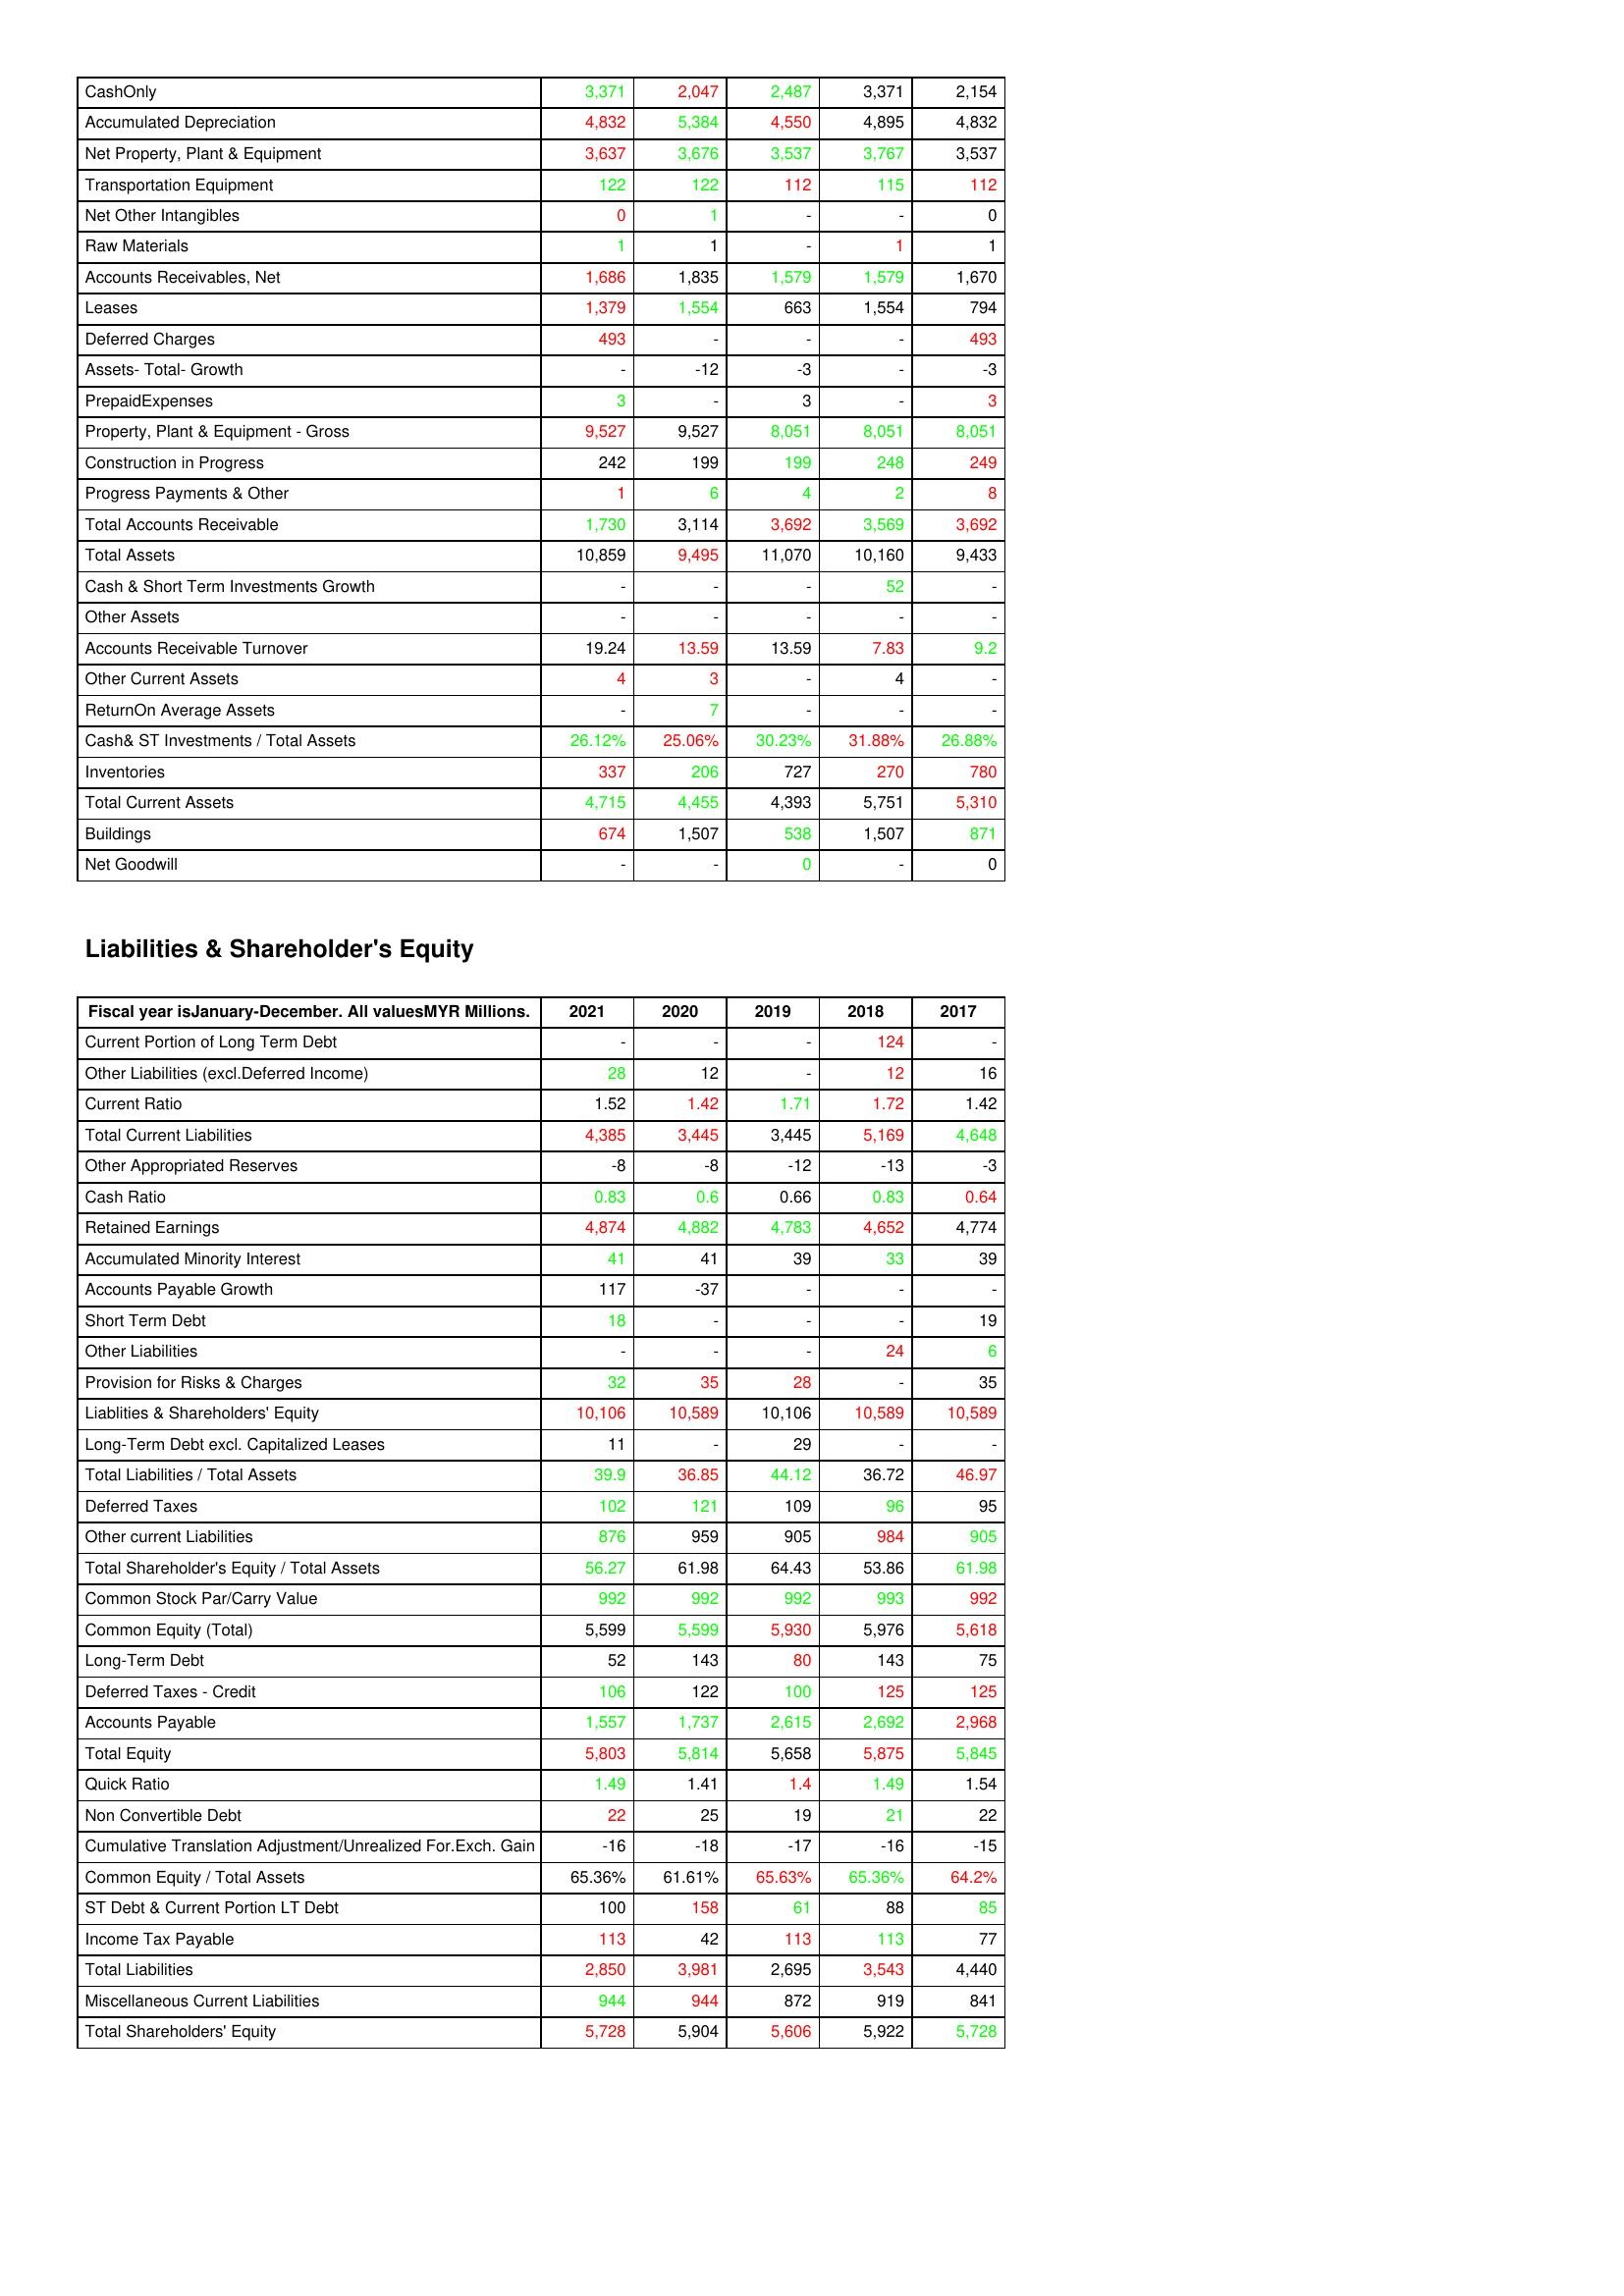
gt_parse: 2021: Assets: CashOnly: 3,371
Accumulated Depreciation: 4,832
Net Property, Plant & Equipment: 3,637
Transportation Equipment: 122
Net Other Intangibles: 0
Raw Materials: 1
Accounts Receivables, Net: 1,686
Leases: 1,379
Deferred Charges: 493
Assets- Total- Growth: -
PrepaidExpenses: 3
Property, Plant & Equipment - Gross : 9,527
Construction in Progress: 242
Progress Payments & Other: 1
Total Accounts Receivable: 1,730
Total Assets: 10,859
Cash & Short Term Investments Growth: -
Other Assets: -
Accounts Receivable Turnover: 19.24
Other Current Assets: 4
ReturnOn Average Assets: -
Cash& ST Investments / Total Assets: 26.12%
Inventories: 337
Total Current Assets: 4,715
Buildings: 674
Net Goodwill: -
Liabilities & Shareholder's Equity: Current Portion of Long Term Debt: -
Other Liabilities (excl.Deferred Income): 28
Current Ratio: 1.52
Total Current Liabilities: 4,385
Other Appropriated Reserves: -8
Cash Ratio: 0.83
Retained Earnings: 4,874
Accumulated Minority Interest: 41
Accounts Payable Growth: 117
Short Term Debt: 18
Other Liabilities: -
Provision for Risks & Charges: 32
Liablities & Shareholders' Equity: 10,106
Long-Term Debt excl. Capitalized Leases: 11
Total Liabilities / Total Assets: 39.9
Deferred Taxes: 102
Other current Liabilities: 876
Total Shareholder's Equity / Total Assets: 56.27
Common Stock Par/Carry Value: 992
Common Equity (Total): 5,599
Long-Term Debt: 52
Deferred Taxes - Credit: 106
Accounts Payable: 1,557
Total Equity: 5,803
Quick Ratio: 1.49
Non Convertible Debt: 22
Cumulative Translation Adjustment/Unrealized For.Exch. Gain: -16
Common Equity / Total Assets: 65.36%
ST Debt & Current Portion LT Debt: 100
Income Tax Payable: 113
Total Liabilities: 2,850
Miscellaneous Current Liabilities: 944
Total Shareholders' Equity: 5,728
2020: Assets: CashOnly: 2,047
Accumulated Depreciation: 5,384
Net Property, Plant & Equipment: 3,676
Transportation Equipment: 122
Net Other Intangibles: 1
Raw Materials: 1
Accounts Receivables, Net: 1,835
Leases: 1,554
Deferred Charges: -
Assets- Total- Growth: -12
PrepaidExpenses: -
Property, Plant & Equipment - Gross : 9,527
Construction in Progress: 199
Progress Payments & Other: 6
Total Accounts Receivable: 3,114
Total Assets: 9,495
Cash & Short Term Investments Growth: -
Other Assets: -
Accounts Receivable Turnover: 13.59
Other Current Assets: 3
ReturnOn Average Assets: 7
Cash& ST Investments / Total Assets: 25.06%
Inventories: 206
Total Current Assets: 4,455
Buildings: 1,507
Net Goodwill: -
Liabilities & Shareholder's Equity: Current Portion of Long Term Debt: -
Other Liabilities (excl.Deferred Income): 12
Current Ratio: 1.42
Total Current Liabilities: 3,445
Other Appropriated Reserves: -8
Cash Ratio: 0.6
Retained Earnings: 4,882
Accumulated Minority Interest: 41
Accounts Payable Growth: -37
Short Term Debt: -
Other Liabilities: -
Provision for Risks & Charges: 35
Liablities & Shareholders' Equity: 10,589
Long-Term Debt excl. Capitalized Leases: -
Total Liabilities / Total Assets: 36.85
Deferred Taxes: 121
Other current Liabilities: 959
Total Shareholder's Equity / Total Assets: 61.98
Common Stock Par/Carry Value: 992
Common Equity (Total): 5,599
Long-Term Debt: 143
Deferred Taxes - Credit: 122
Accounts Payable: 1,737
Total Equity: 5,814
Quick Ratio: 1.41
Non Convertible Debt: 25
Cumulative Translation Adjustment/Unrealized For.Exch. Gain: -18
Common Equity / Total Assets: 61.61%
ST Debt & Current Portion LT Debt: 158
Income Tax Payable: 42
Total Liabilities: 3,981
Miscellaneous Current Liabilities: 944
Total Shareholders' Equity: 5,904
2019: Assets: CashOnly: 2,487
Accumulated Depreciation: 4,550
Net Property, Plant & Equipment: 3,537
Transportation Equipment: 112
Net Other Intangibles: -
Raw Materials: -
Accounts Receivables, Net: 1,579
Leases: 663
Deferred Charges: -
Assets- Total- Growth: -3
PrepaidExpenses: 3
Property, Plant & Equipment - Gross : 8,051
Construction in Progress: 199
Progress Payments & Other: 4
Total Accounts Receivable: 3,692
Total Assets: 11,070
Cash & Short Term Investments Growth: -
Other Assets: -
Accounts Receivable Turnover: 13.59
Other Current Assets: -
ReturnOn Average Assets: -
Cash& ST Investments / Total Assets: 30.23%
Inventories: 727
Total Current Assets: 4,393
Buildings: 538
Net Goodwill: 0
Liabilities & Shareholder's Equity: Current Portion of Long Term Debt: -
Other Liabilities (excl.Deferred Income): -
Current Ratio: 1.71
Total Current Liabilities: 3,445
Other Appropriated Reserves: -12
Cash Ratio: 0.66
Retained Earnings: 4,783
Accumulated Minority Interest: 39
Accounts Payable Growth: -
Short Term Debt: -
Other Liabilities: -
Provision for Risks & Charges: 28
Liablities & Shareholders' Equity: 10,106
Long-Term Debt excl. Capitalized Leases: 29
Total Liabilities / Total Assets: 44.12
Deferred Taxes: 109
Other current Liabilities: 905
Total Shareholder's Equity / Total Assets: 64.43
Common Stock Par/Carry Value: 992
Common Equity (Total): 5,930
Long-Term Debt: 80
Deferred Taxes - Credit: 100
Accounts Payable: 2,615
Total Equity: 5,658
Quick Ratio: 1.4
Non Convertible Debt: 19
Cumulative Translation Adjustment/Unrealized For.Exch. Gain: -17
Common Equity / Total Assets: 65.63%
ST Debt & Current Portion LT Debt: 61
Income Tax Payable: 113
Total Liabilities: 2,695
Miscellaneous Current Liabilities: 872
Total Shareholders' Equity: 5,606
2018: Assets: CashOnly: 3,371
Accumulated Depreciation: 4,895
Net Property, Plant & Equipment: 3,767
Transportation Equipment: 115
Net Other Intangibles: -
Raw Materials: 1
Accounts Receivables, Net: 1,579
Leases: 1,554
Deferred Charges: -
Assets- Total- Growth: -
PrepaidExpenses: -
Property, Plant & Equipment - Gross : 8,051
Construction in Progress: 248
Progress Payments & Other: 2
Total Accounts Receivable: 3,569
Total Assets: 10,160
Cash & Short Term Investments Growth: 52
Other Assets: -
Accounts Receivable Turnover: 7.83
Other Current Assets: 4
ReturnOn Average Assets: -
Cash& ST Investments / Total Assets: 31.88%
Inventories: 270
Total Current Assets: 5,751
Buildings: 1,507
Net Goodwill: -
Liabilities & Shareholder's Equity: Current Portion of Long Term Debt: 124
Other Liabilities (excl.Deferred Income): 12
Current Ratio: 1.72
Total Current Liabilities: 5,169
Other Appropriated Reserves: -13
Cash Ratio: 0.83
Retained Earnings: 4,652
Accumulated Minority Interest: 33
Accounts Payable Growth: -
Short Term Debt: -
Other Liabilities: 24
Provision for Risks & Charges: -
Liablities & Shareholders' Equity: 10,589
Long-Term Debt excl. Capitalized Leases: -
Total Liabilities / Total Assets: 36.72
Deferred Taxes: 96
Other current Liabilities: 984
Total Shareholder's Equity / Total Assets: 53.86
Common Stock Par/Carry Value: 993
Common Equity (Total): 5,976
Long-Term Debt: 143
Deferred Taxes - Credit: 125
Accounts Payable: 2,692
Total Equity: 5,875
Quick Ratio: 1.49
Non Convertible Debt: 21
Cumulative Translation Adjustment/Unrealized For.Exch. Gain: -16
Common Equity / Total Assets: 65.36%
ST Debt & Current Portion LT Debt: 88
Income Tax Payable: 113
Total Liabilities: 3,543
Miscellaneous Current Liabilities: 919
Total Shareholders' Equity: 5,922
2017: Assets: CashOnly: 2,154
Accumulated Depreciation: 4,832
Net Property, Plant & Equipment: 3,537
Transportation Equipment: 112
Net Other Intangibles: 0
Raw Materials: 1
Accounts Receivables, Net: 1,670
Leases: 794
Deferred Charges: 493
Assets- Total- Growth: -3
PrepaidExpenses: 3
Property, Plant & Equipment - Gross : 8,051
Construction in Progress: 249
Progress Payments & Other: 8
Total Accounts Receivable: 3,692
Total Assets: 9,433
Cash & Short Term Investments Growth: -
Other Assets: -
Accounts Receivable Turnover: 9.2
Other Current Assets: -
ReturnOn Average Assets: -
Cash& ST Investments / Total Assets: 26.88%
Inventories: 780
Total Current Assets: 5,310
Buildings: 871
Net Goodwill: 0
Liabilities & Shareholder's Equity: Current Portion of Long Term Debt: -
Other Liabilities (excl.Deferred Income): 16
Current Ratio: 1.42
Total Current Liabilities: 4,648
Other Appropriated Reserves: -3
Cash Ratio: 0.64
Retained Earnings: 4,774
Accumulated Minority Interest: 39
Accounts Payable Growth: -
Short Term Debt: 19
Other Liabilities: 6
Provision for Risks & Charges: 35
Liablities & Shareholders' Equity: 10,589
Long-Term Debt excl. Capitalized Leases: -
Total Liabilities / Total Assets: 46.97
Deferred Taxes: 95
Other current Liabilities: 905
Total Shareholder's Equity / Total Assets: 61.98
Common Stock Par/Carry Value: 992
Common Equity (Total): 5,618
Long-Term Debt: 75
Deferred Taxes - Credit: 125
Accounts Payable: 2,968
Total Equity: 5,845
Quick Ratio: 1.54
Non Convertible Debt: 22
Cumulative Translation Adjustment/Unrealized For.Exch. Gain: -15
Common Equity / Total Assets: 64.2%
ST Debt & Current Portion LT Debt: 85
Income Tax Payable: 77
Total Liabilities: 4,440
Miscellaneous Current Liabilities: 841
Total Shareholders' Equity: 5,728